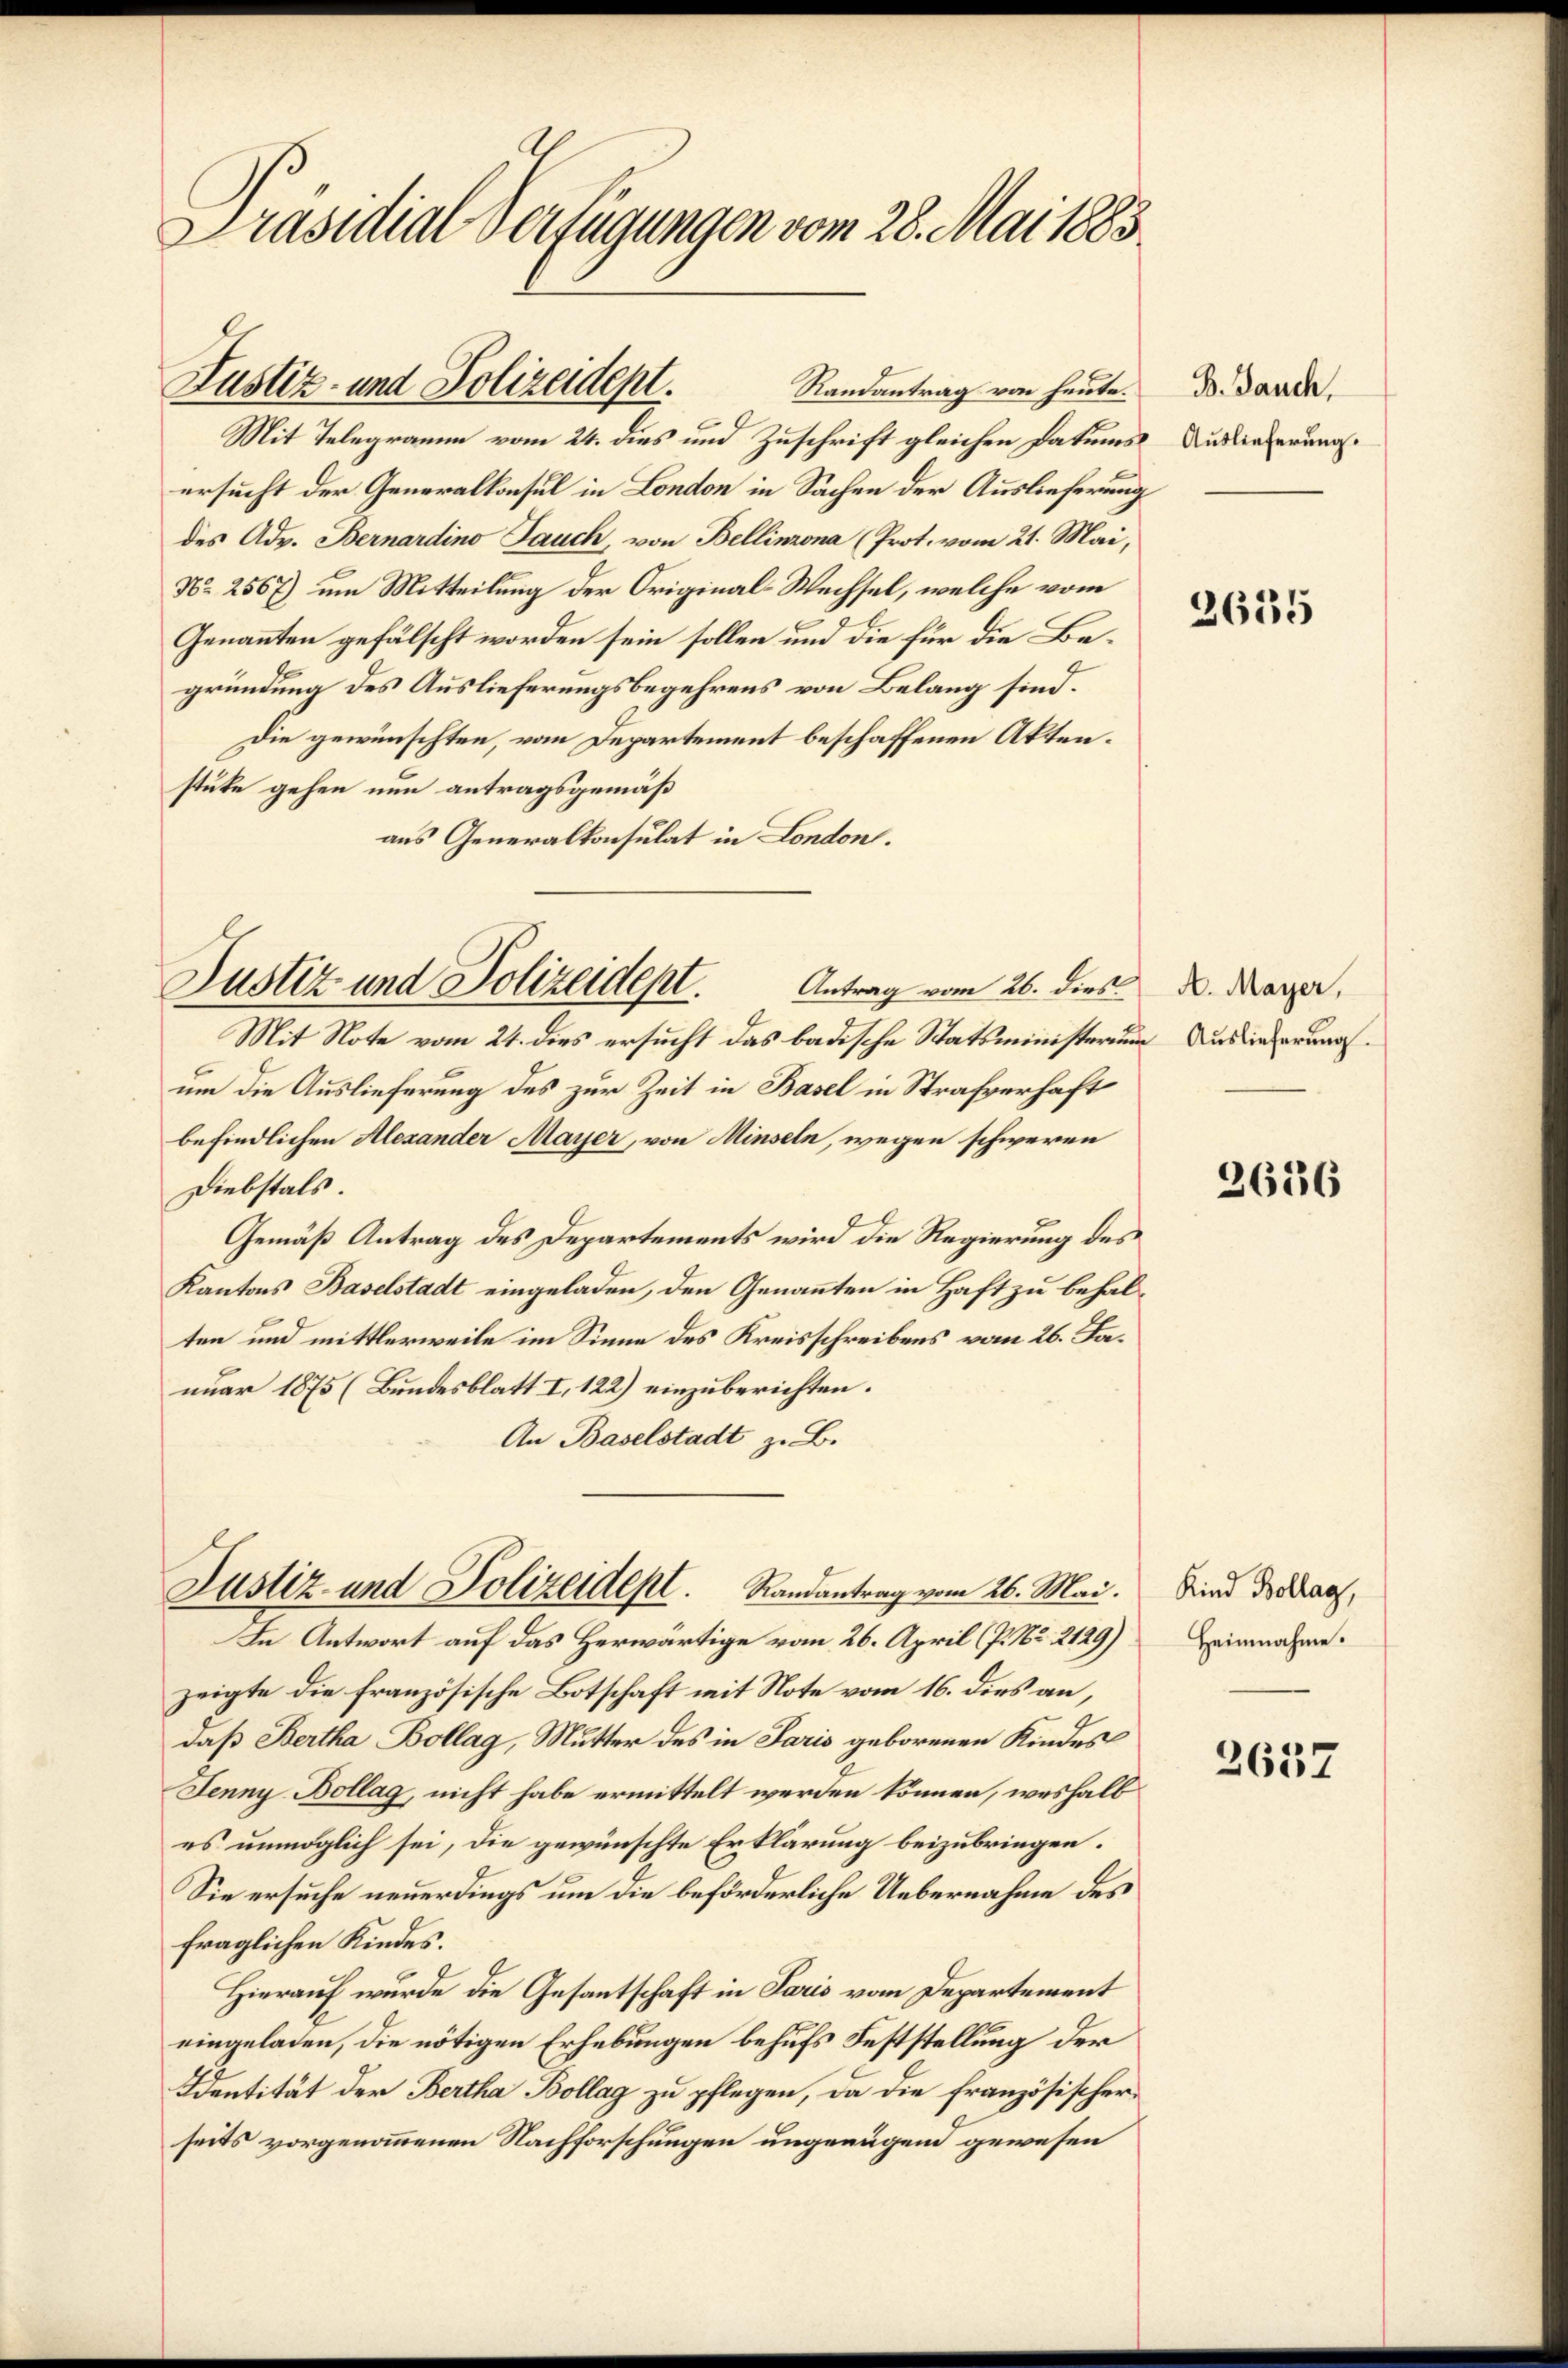
Präsidial-Verfügungen vom 28. Mai 1883.

Justiz- und Polizeidept.
Randantrag von heute.
Mit Telegramm vom 24. dies und Zuschrift gleichen Datums

ersucht der Generalkonsul in London in Sachen der Auslieferung
des Adv. Bernardino Jauch, von Bellinzona (Prot. vom 21. Mai,
No 2567) um Mitteilung der Original-Wechsel, welche vom
Genannten gefälscht worden sein sollen und die für die Begründung des Auslieferungsbegehrens von Belang sind.
Die gewünschten, vom Departement beschaffenen Akten.
stüke gehen nun antragsgemäß
aus Generalkonsulat in London.

Justiz und Polizeidept.
Antrag vom 26. dies

Mit Note vom 21. dies ersucht das badische Statsministerium Auslieferungsum die Auslieferung des zur Zeit in Basel in Strafverhaft
befindlichen Alexander Mayer, von Minseln, wegen schweren
Diebstals.
Gemäß Antrag des Departements wird die Regierung des
Kantons Baselstadt eingeladen, den Genannten in Haft zu behalten und mittlerweile im Sinne des Kreisschreibens vom 26. Fanuar 1875 (Bundesblatt I. 122) einzuberichten.
An Baselstadt z. B.
Justiz und Polizeidept. Randantrag vom 26. Mai.
In Antwort auf das Herwärtige vom 26. April (P. Nr. 2129)
zeigte die französische Botschaft mit Note vom 16. dies an,
daß Bertha Bollag, Mutter des in Paris geborenen Kindes
Jenny-Bollag, nicht habe ermittelt werden können, weshalb
es unmöglich sei, die gewünschte Erklärung beizubringen.
Sie ersuche neuerdings um die beförderliche Uebernahme des
fraglichen Kindes.
Hierauf wurde die Gesantschaft in Paris vom Departement
eingeladen, die nötigen Erhebungen behufs Feststellung der
Identität der Bertha Bollag zu pflegen, da die französischer
seits vorgenommenen Nachforschungen ungenügend gewesen

B. Jauch,
Auslieferung.
t

2635

A. Mayer,

2636

Kind Bollag,
Heinnahme.

2637